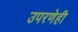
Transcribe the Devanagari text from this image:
उपरणेही